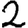
Digit: 2